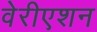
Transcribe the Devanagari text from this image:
वेरीएशन